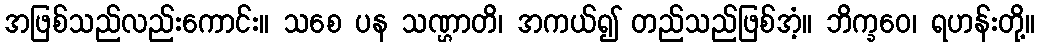
အဖြစ်သည်လည်းကောင်း။ သစေ ပန သဏ္ဌာတိ၊ အကယ်၍ တည်သည်ဖြစ်အံ့။ ဘိက္ခဝေ၊ ရဟန်းတို့။